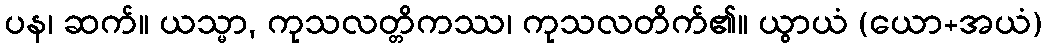
ပန၊ ဆက်။ ယသ္မာ, ကုသလတ္တိကဿ၊ ကုသလတိက်၏။ ယွာယံ (ယော+အယံ)